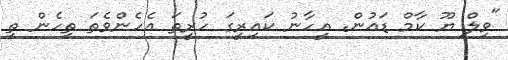
"ވިލް ޔޫ ކާމް ޑައުން. އީހާނު ކައިރީގަ ހުރީތަ އެހެންވެތަ ތިހެން ތި